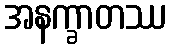
အနက္ခာတဿ